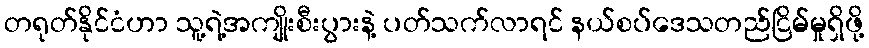
တရုတ်နိုင်ငံဟာ သူ့ရဲ့အကျိုးစီးပွားနဲ့ ပတ်သက်လာရင် နယ်စပ်ဒေသတည်ငြိမ်မှုရှိဖို့